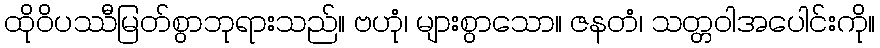
ထိုဝိပဿီမြတ်စွာဘုရားသည်။ ဗဟုံ၊ များစွာသော။ ဇနတံ၊ သတ္တဝါအပေါင်းကို။